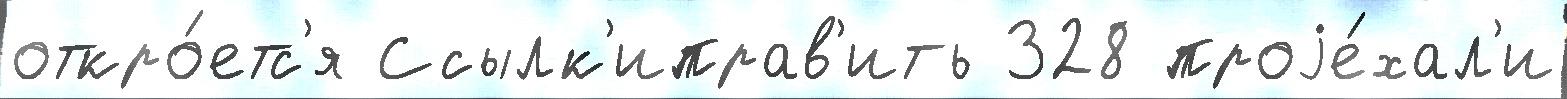
откро́етс'я Ссылк'иправ'ить 328 проjе́хал'и